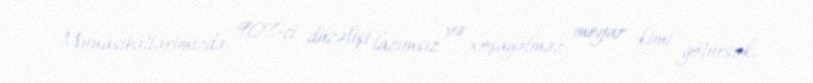
Münasibətlərimizdə 907-ci düzəlişi lazımsız və xoşagəlməz meyar kimi götürsək,